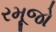
રમૂજો